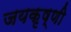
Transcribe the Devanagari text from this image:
जयकृष्णी